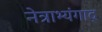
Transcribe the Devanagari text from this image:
नेत्राभ्यंगाद्